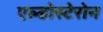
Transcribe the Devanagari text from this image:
एल्डोस्टेरोन